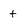
Character: t